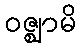
ဝဇ္ဈာမိ